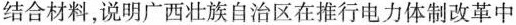
结合材料，说明广西壮族自治区在推行电力体制改革中